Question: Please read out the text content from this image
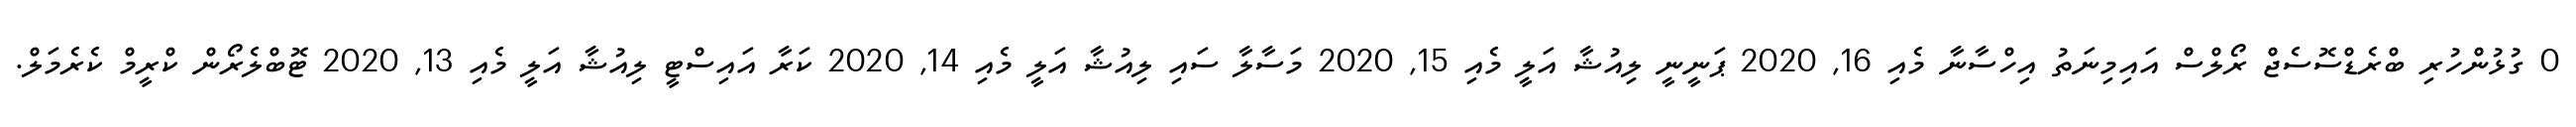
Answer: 0 ގުޅުންހުރި ބްރެޑްސޮސެޖް ރޯލްސް އައިމިނަތު އިހްސާނާ މެއި 16, 2020 ޕަނީނީ ލިއުޝާ އަލީ މެއި 15, 2020 މަސާލާ ސައި ލިއުޝާ އަލީ މެއި 14, 2020 ކަރާ އައިސްޓީ ލިއުޝާ އަލީ މެއި 13, 2020 ޓޮބްލެރޯން ކްރީމް ކެރެމަލް.